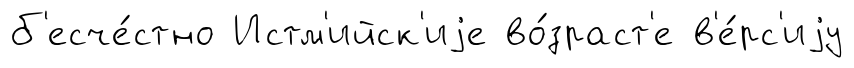
б'есче́стно Истм'ийск'иjе во́зраст'е в'е́рс'иjу